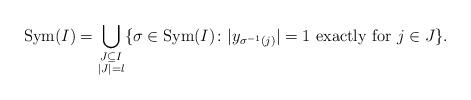
LaTeX: \begin{align*}{\rm Sym}(I)=\bigcup_{\substack{J\subseteq I\\ |J|=l}}\{\sigma \in {\rm Sym}(I)\colon |y_{\sigma^{-1}(j)}|=1 \textrm{ exactly for }j\in J\}.\end{align*}